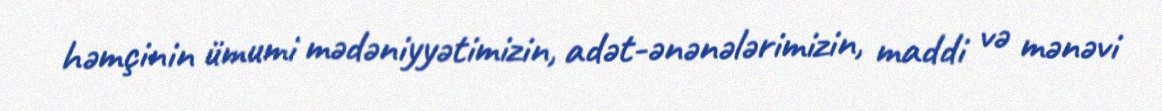
həmçinin ümumi mədəniyyətimizin, adət-ənənələrimizin, maddi və mənəvi